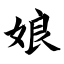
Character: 娘